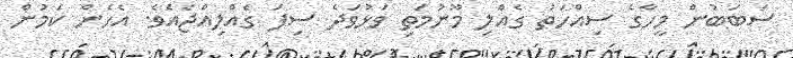
ސަބަބުން މީހާގެ ސިއްހަތު ގެއްލި މޫނުމަތި ވަޅުވަދެ ސިފަ ގެއްލިއްޖެއެވެ. އެހެން ކަމުން